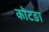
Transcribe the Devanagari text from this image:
कोटङा